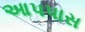
આપપાસ